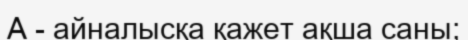
A - айналысқа қажет ақша саны;